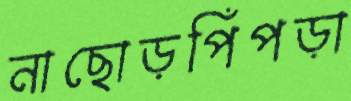
নাছোড়পিঁপড়া